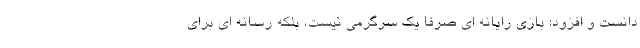
دانست و افزود: بازی رایانه ای صرفا یک سرگرمی نیست، بلکه رسانه ای برای